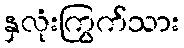
နှလုံးကြွက်သား